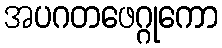
အပဂတဖေဂ္ဂုကော